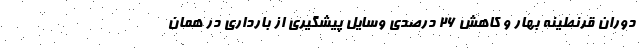
دوران قرنطینه بهار و کاهش 26 درصدی وسایل پیشگیری از بارداری در همان